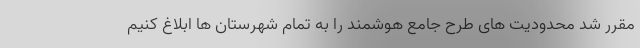
مقرر شد محدودیت های طرح جامع هوشمند را به تمام شهرستان ها ابلاغ کنیم